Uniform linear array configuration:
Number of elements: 4
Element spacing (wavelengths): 1
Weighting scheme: uniform
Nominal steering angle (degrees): -60
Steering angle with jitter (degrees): -61.648
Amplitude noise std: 0.05
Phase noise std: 0.05

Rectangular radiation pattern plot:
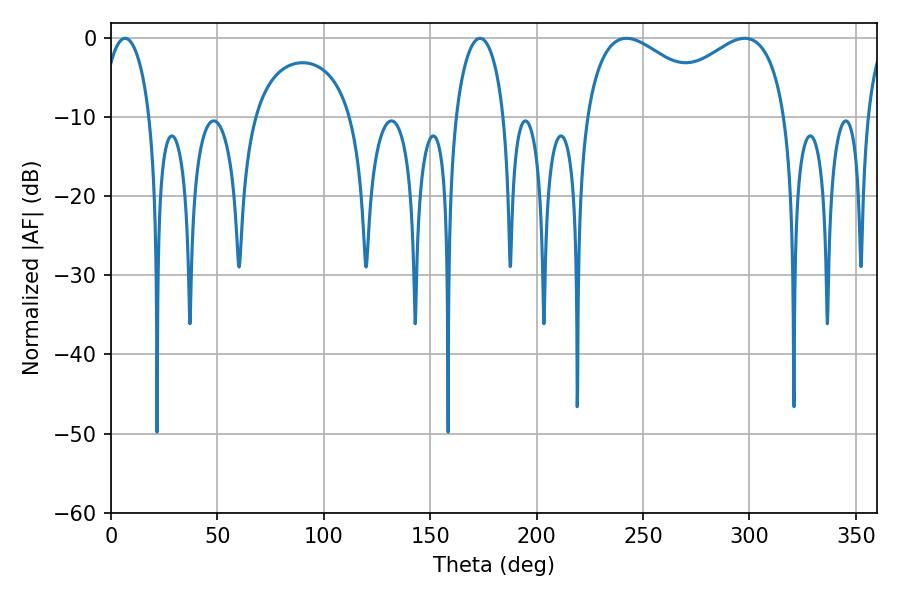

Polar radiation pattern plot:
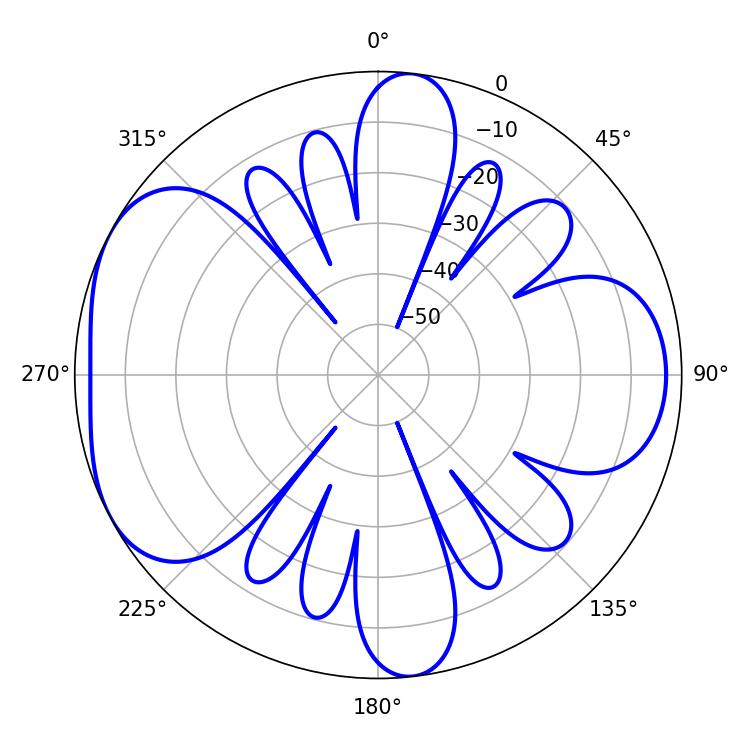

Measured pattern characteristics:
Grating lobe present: TRUE
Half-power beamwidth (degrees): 36.36
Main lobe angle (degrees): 242.28